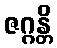
ဇဂ္ဂန္တိ